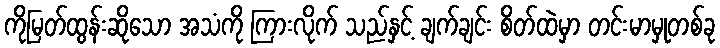
ကိုမြတ်ထွန်းဆိုသော အသံကို ကြားလိုက် သည်နှင့် ချက်ချင်း စိတ်ထဲမှာ တင်းမာမှုတစ်ခု